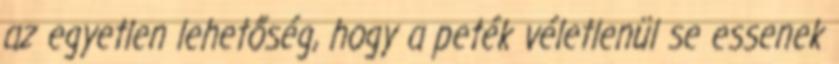
az egyetlen lehetőség, hogy a peték véletlenül se essenek